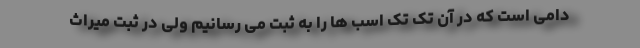
دامی است که در آن تک تک اسب ها را به ثبت می رسانیم ولی در ثبت میراث